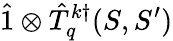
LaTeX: \hat{1}\otimes\hat{T}_{q}^{k\dagger}(S,S^{\prime})